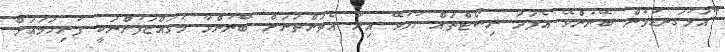
"އަޅުގަނޑުމެން ބޭނުންވޭ އެފަދަ ރިސޯޓްތައް ހުޅުވޭ އިރު އެތަންތަނަށް ބޭނުންވާ މުވައްޒަފުންނަކީ ފުރިހަމައަށް